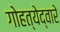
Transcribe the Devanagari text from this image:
गोहत्येद्वारे